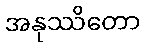
အနုဿိတော